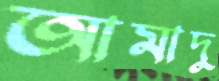
আমাদু